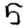
Digit: 5